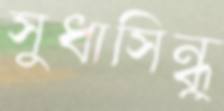
সুধাসিন্ধু